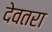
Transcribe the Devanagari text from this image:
देवतरा